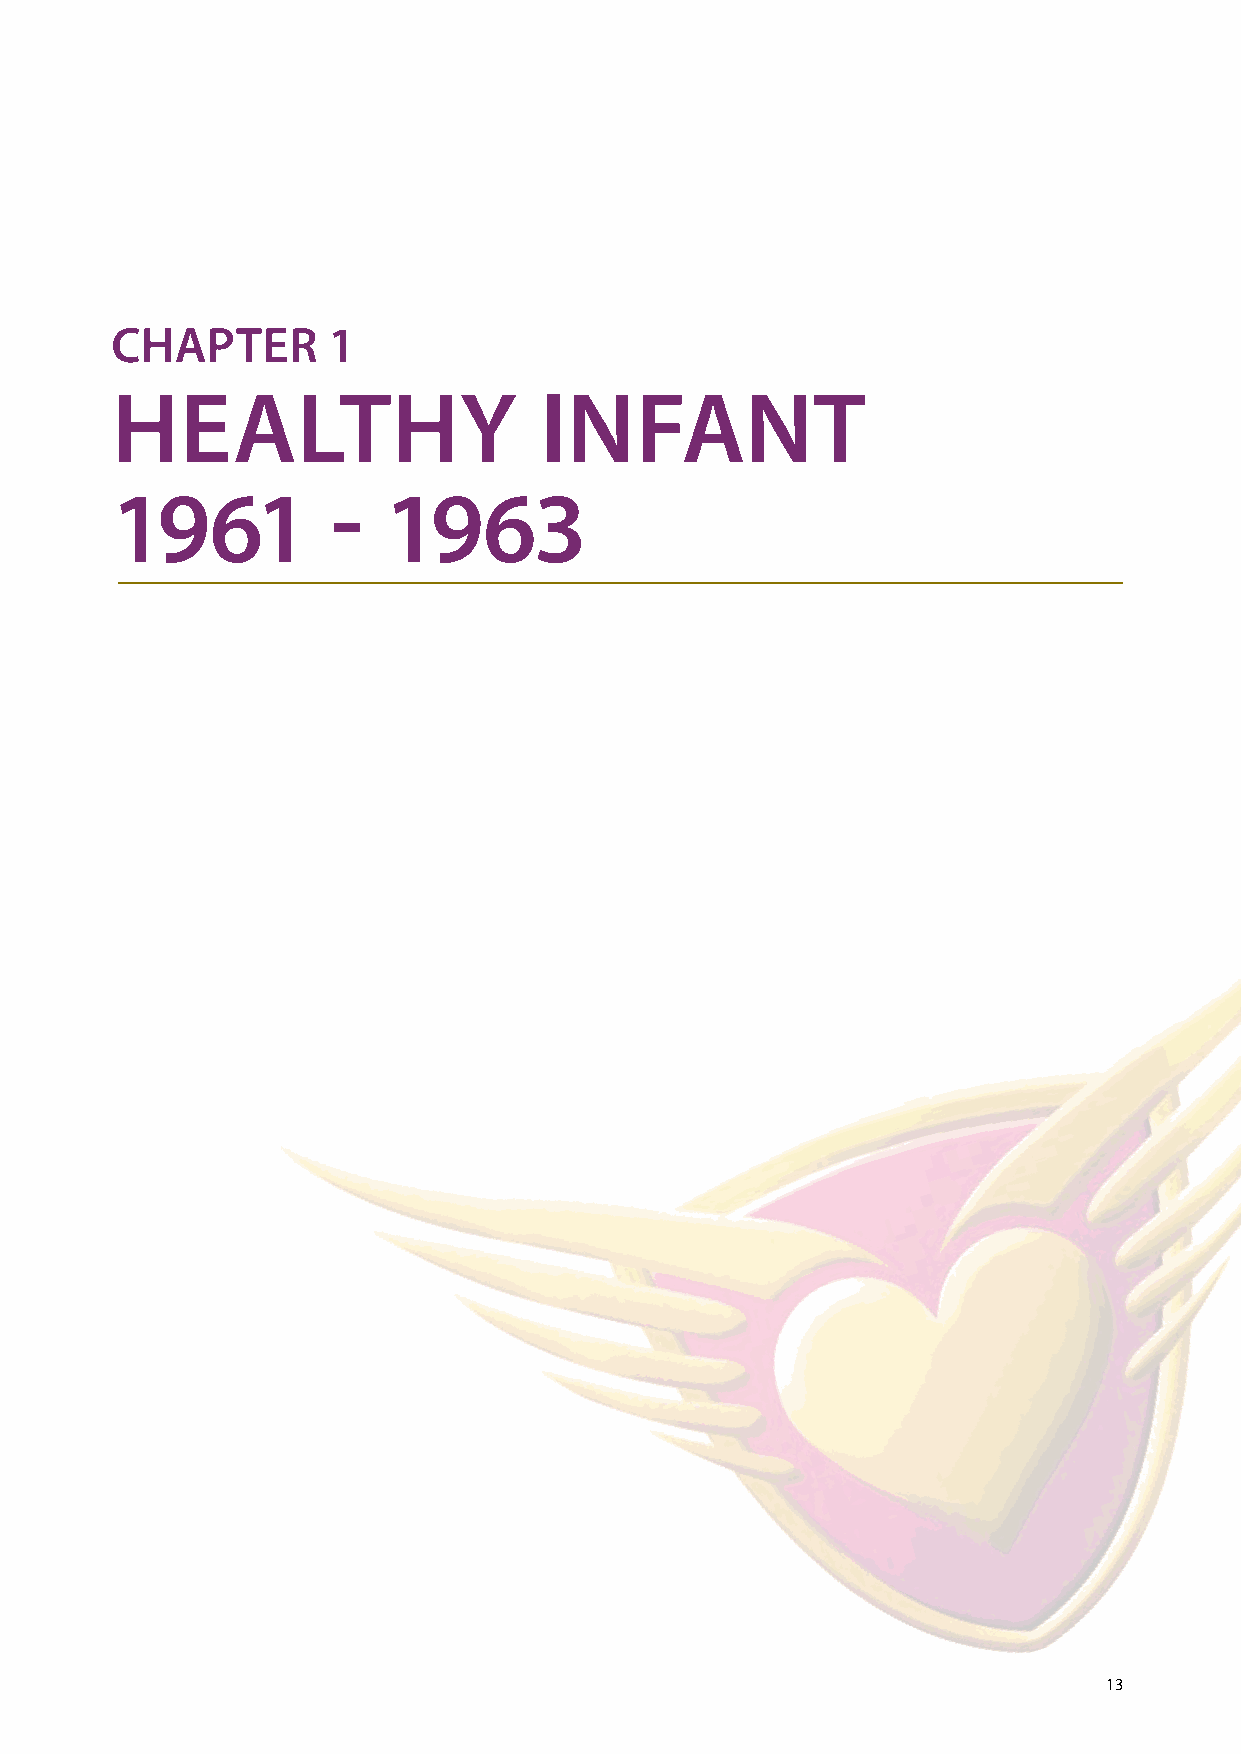
CHAPTER        1
 HEALTHY                      INFANT
 1961           -  1963
 13